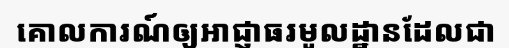
គោលការណ៍ឲ្យអាជ្ញាធរមូលដ្ឋានដែលជា